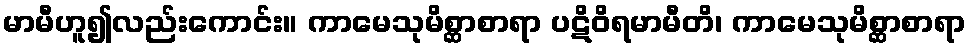
မာမီဟူ၍လည်းကောင်း။ ကာမေသုမိစ္ဆာစာရာ ပဋိဝိရမာမီတိ၊ ကာမေသုမိစ္ဆာစာရာ